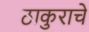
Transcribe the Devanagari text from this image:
ठाकुराचे